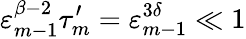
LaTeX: \varepsilon_{m-1}^{\beta-2}\tau_{m}^{\prime}=\varepsilon_{m-1}^{3\delta}\ll 1